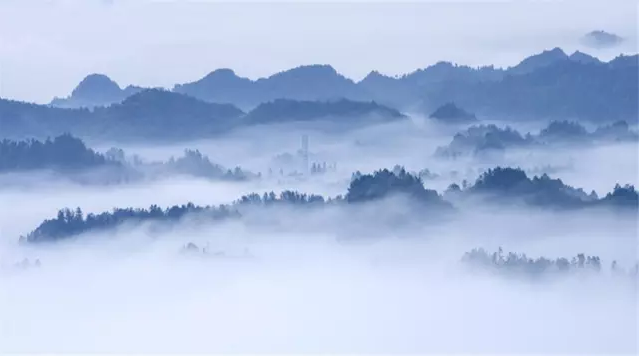
善出奇者，无穷如天地，不竭如江海。